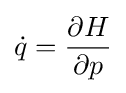
{\dot {q}}={\frac {\partial H}{\partial p}}